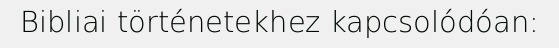
Bibliai történetekhez kapcsolódóan: